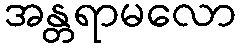
အန္တရာမလော